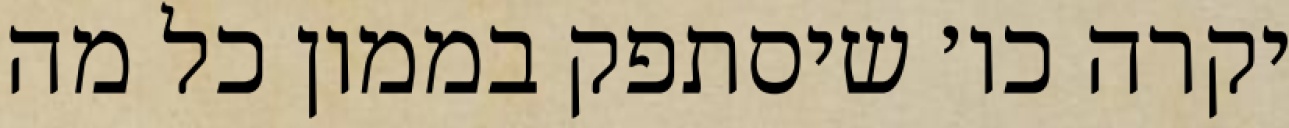
יקרה כו׳ שיסתפק בממון כל מה